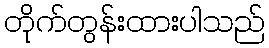
တိုက်တွန်းထားပါသည်